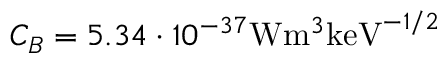
C _ { B } = 5 . 3 4 \cdot 1 0 ^ { - 3 7 } \mathrm { W } \mathrm { m } ^ { 3 } \mathrm { k e V } ^ { - 1 / 2 }